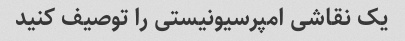
یک نقاشی امپرسیونیستی را توصیف کنید